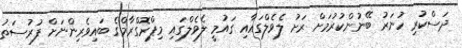
ދަސްކުރި ހުނަރު ބޭނުންކުރުމަށް ރަށު ލެވެލްގައާއި ގައުމީ ލެވެލްގައި މިޕްރޮގްރާމްގެ ބައިވެރިންނަށް ފުރުސަތު